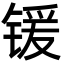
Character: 锾